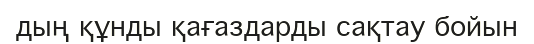
дың құнды қағаздарды сақтау бойын